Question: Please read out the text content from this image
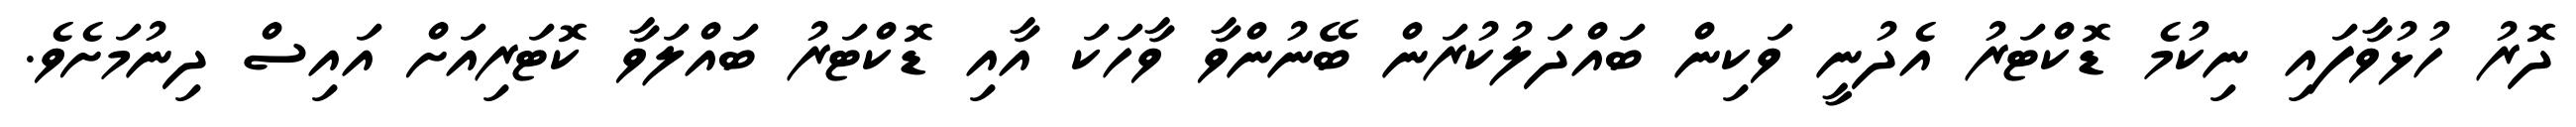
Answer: ދޮރު ހުޅުވާފައި ނިކުމެ ޑޮކްޓަރު އެދުނީ ވަކިން ބައްދަލުކުރަން ބޭނުންވާ ވާހަކަ އާއި ޑޮކްޓަރު ބައްލަވާ ކޮޓަރިއަށް އައިސް ދިނުމަށެވެ.